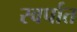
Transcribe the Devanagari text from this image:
स्वर्पात